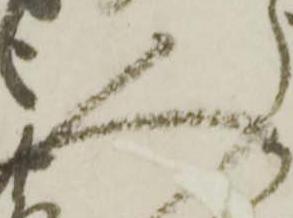
人